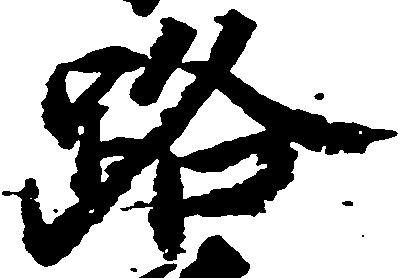
路